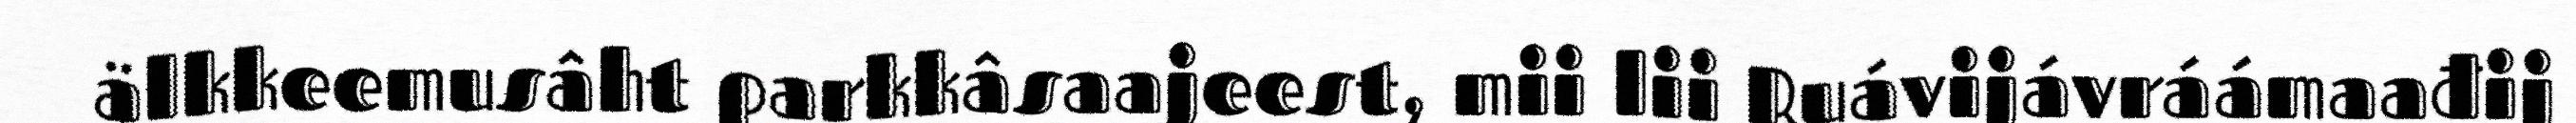
älkkeemusâht parkkâsaajeest, mii lii Ruávijávráámaađij